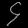
Digit: ၄